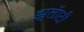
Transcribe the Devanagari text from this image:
झ्लॅाटी